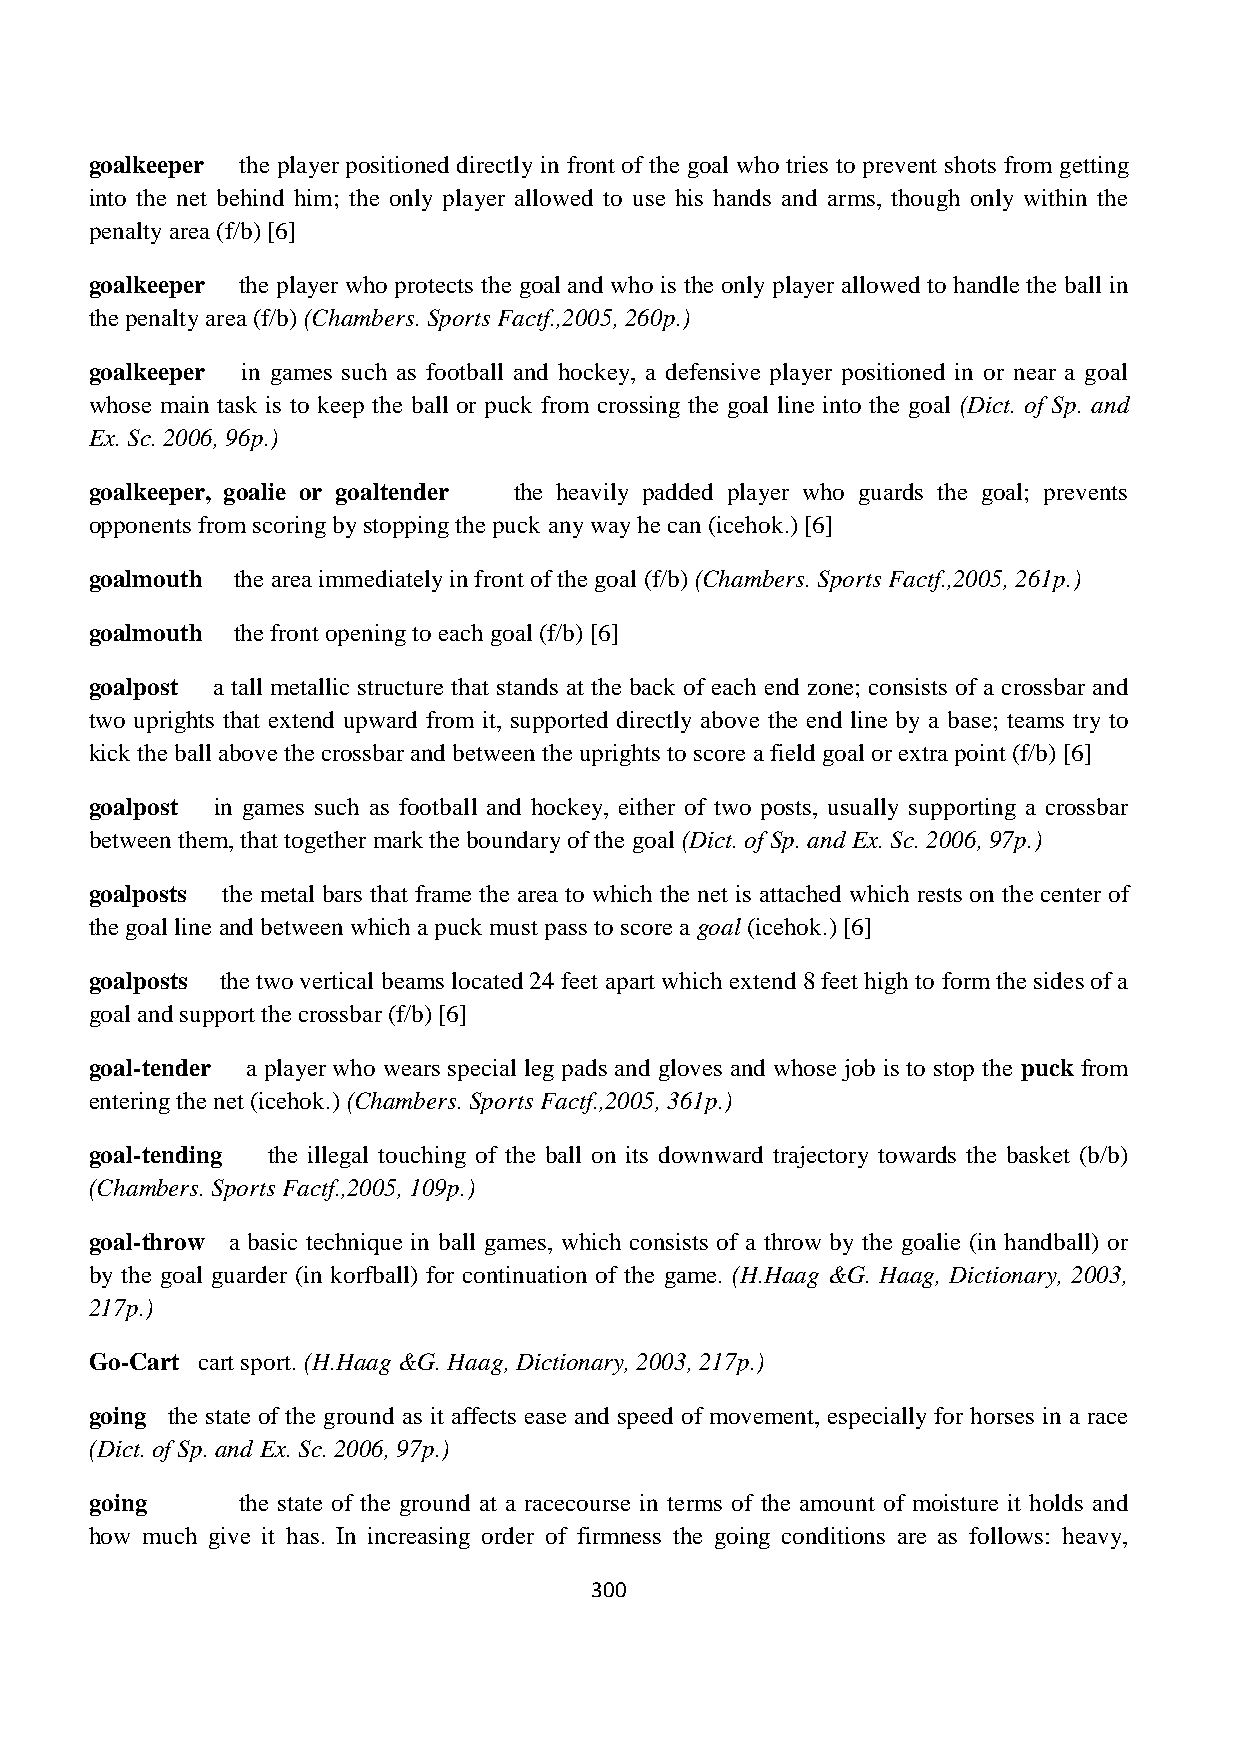
goalkeeper the player positioned directly in front of the goal who tries to prevent shots from getting
 into the net behind him; the only player allowed to use his hands and arms, though only within the
 penalty area (f/b) [6]
 goalkeeper the player who protects the goal and who is the only player allowed to handle the ball in
 the penalty area (f/b) (Chambers. Sports Factf.,2005, 260p.)
 goalkeeper in games such as football and hockey, a defensive player positioned in or near a goal
 whose main task is to keep the ball or puck from crossing the goal line into the goal (Dict. of Sp. and
 Ex. Sc. 2006, 96p.)
 goalkeeper, goalie or goaltender the heavily padded player who guards the goal; prevents
 opponents from scoring by stopping the puck any way he can (icehok.) [6]
 goalmouth the area immediately in front of the goal (f/b) (Chambers. Sports Factf.,2005, 261p.)
 goalmouth the front opening to each goal (f/b) [6]
 goalpost a tall metallic structure that stands at the back of each end zone; consists of a crossbar and
 two uprights that extend upward from it, supported directly above the end line by a base; teams try to
 kick the ball above the crossbar and between the uprights to score a field goal or extra point (f/b) [6]
 goalpost in games such as football and hockey, either of two posts, usually supporting a crossbar
 between them, that together mark the boundary of the goal (Dict. of Sp. and Ex. Sc. 2006, 97p.)
 goalposts the metal bars that frame the area to which the net is attached which rests on the center of
 the goal line and between which a puck must pass to score a goal (icehok.) [6]
 goalposts the two vertical beams located 24 feet apart which extend 8 feet high to form the sides of a
 goal and support the crossbar (f/b) [6]
 goal-tender a player who wears special leg pads and gloves and whose job is to stop the puck from
 entering the net (icehok.) (Chambers. Sports Factf.,2005, 361p.)
 goal-tending the illegal touching of the ball on its downward trajectory towards the basket (b/b)
 (Chambers. Sports Factf.,2005, 109p.)
 goal-throw a basic technique in ball games, which consists of a throw by the goalie (in handball) or
 by the goal guarder (in korfball) for continuation of the game. (H.Haag &G. Haag, Dictionary, 2003,
 217p.)
 Go-Cart cart sport. (H.Haag &G. Haag, Dictionary, 2003, 217p.)
 going the state of the ground as it affects ease and speed of movement, especially for horses in a race
 (Dict. of Sp. and Ex. Sc. 2006, 97p.)
 going     the state of the ground at a racecourse in terms of the amount of moisture it holds and
 how much give it has. In increasing order of firmness the going conditions are as follows: heavy,
 300